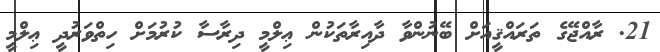
21. ރާއްޖޭގެ ތަރައްޤީއަށް ބޭނުންވާ ދާއިރާތަކުން ޢިލްމީ ދިރާސާ ކުރުމަށް ހިތްވަރުދީ ޢިލްމީ